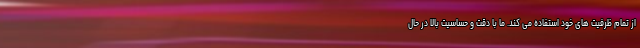
از تمام ظرفیت های خود استفاده می کند. ما با دقت و حساسیت بالا در حال